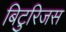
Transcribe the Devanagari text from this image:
बिटुरिजस